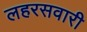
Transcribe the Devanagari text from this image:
लहरसवारी